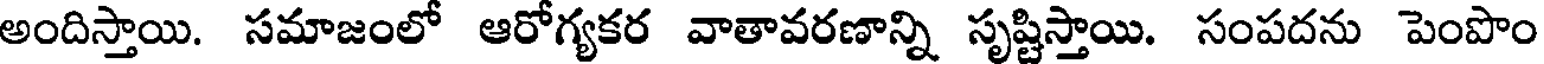
అందిస్తాయి. సమాజంలో ఆరోగ్యకర వాతావరణాన్ని సృష్టిస్తాయి. సంపదను పెంపొం